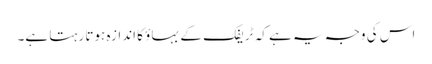
اس کی وجہ یہ ہے کہ ٹریفک کے بہاؤ کا اندازہ ہوتا رہتا ہے۔